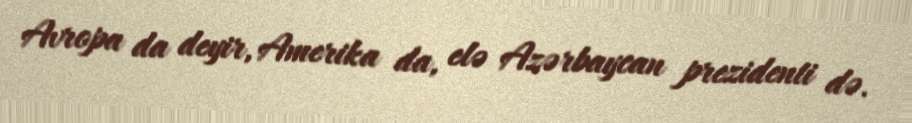
Avropa da deyir, Amerika da, elə Azərbaycan prezidenti də.